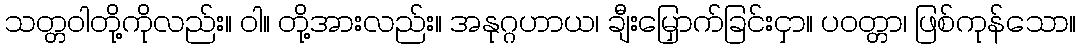
သတ္တဝါတို့ကိုလည်း။ ဝါ။ တို့အားလည်း။ အနုဂ္ဂဟာယ၊ ချီးမြှောက်ခြင်းငှာ။ ပဝတ္တာ၊ ဖြစ်ကုန်သော။